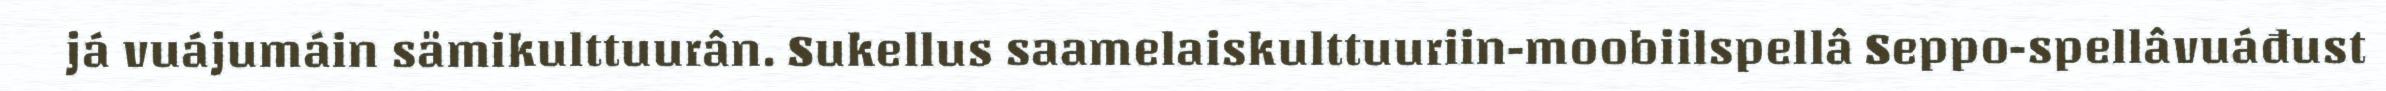
já vuájumáin sämikulttuurân. Sukellus saamelaiskulttuuriin-moobiilspellâ Seppo-spellâvuáđust